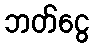
ဘတ်ငွေ